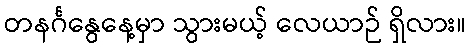
တနင်္ဂနွေနေ့မှာ သွားမယ့် လေယာဉ် ရှိလား။